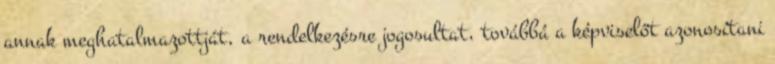
annak meghatalmazottját, a rendelkezésre jogosultat, továbbá a képviselőt azonosítani